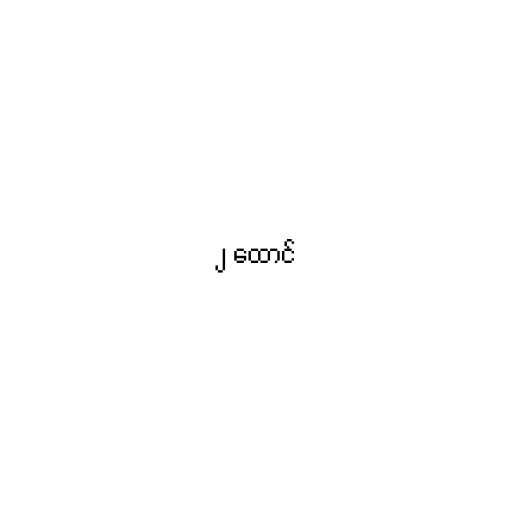
၂ ထောင်